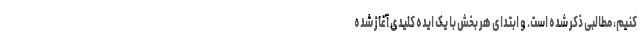
کنیم، مطالبی ذکر شده است. و ابتدای هر بخش با یک ایده کلیدی آغاز شده